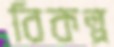
বিকল্প